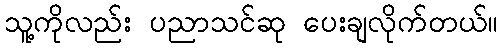
သူ့ကိုလည်း ပညာသင်ဆု ပေးချလိုက်တယ်။